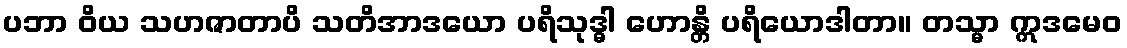
ပဘာ ဝိယ သဟဇာတာပိ သတိအာဒယော ပရိသုဒ္ဓါ ဟောန္တိ ပရိယောဒါတာ။ တသ္မာ ဣဒမေဝ